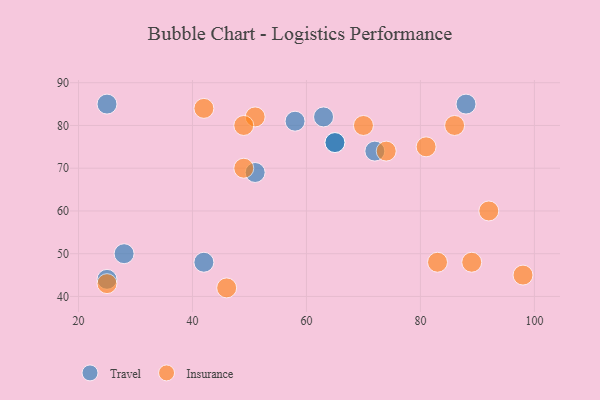
{"axis": {"x": "GDP", "y": "Life Expectancy"}, "legend": ["Insurance", "Travel"], "data": [{"x": "88", "y": 85, "type": "Travel"}, {"x": "65", "y": 76, "type": "Travel"}, {"x": "72", "y": 74, "type": "Travel"}, {"x": "25", "y": 44, "type": "Travel"}, {"x": "58", "y": 81, "type": "Travel"}, {"x": "51", "y": 69, "type": "Travel"}, {"x": "65", "y": 76, "type": "Travel"}, {"x": "28", "y": 50, "type": "Travel"}, {"x": "63", "y": 82, "type": "Travel"}, {"x": "25", "y": 85, "type": "Travel"}, {"x": "42", "y": 48, "type": "Travel"}, {"x": "92", "y": 60, "type": "Insurance"}, {"x": "86", "y": 80, "type": "Insurance"}, {"x": "51", "y": 82, "type": "Insurance"}, {"x": "98", "y": 45, "type": "Insurance"}, {"x": "83", "y": 48, "type": "Insurance"}, {"x": "46", "y": 42, "type": "Insurance"}, {"x": "89", "y": 48, "type": "Insurance"}, {"x": "70", "y": 80, "type": "Insurance"}, {"x": "25", "y": 43, "type": "Insurance"}, {"x": "49", "y": 80, "type": "Insurance"}, {"x": "74", "y": 74, "type": "Insurance"}, {"x": "42", "y": 84, "type": "Insurance"}, {"x": "81", "y": 75, "type": "Insurance"}, {"x": "49", "y": 70, "type": "Insurance"}]}